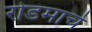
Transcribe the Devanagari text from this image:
रोडमार्च